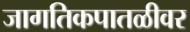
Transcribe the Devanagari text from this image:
जागतिकपातळीवर